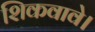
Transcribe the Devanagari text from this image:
शिकवावे।